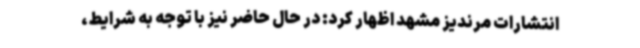
انتشارات مرندیز مشهد اظهار کرد: در حال حاضر نیز با توجه به شرایط،